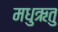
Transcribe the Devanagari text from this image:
मधुऋतु